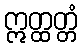
ဣတ္ထတ္တံ